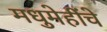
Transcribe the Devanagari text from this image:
मधुमेहींचे